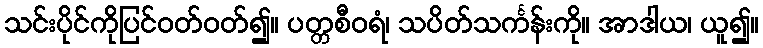
သင်းပိုင်ကိုပြင်ဝတ်ဝတ်၍။ ပတ္တစီဝရံ၊ သပိတ်သင်္ကန်းကို။ အာဒါယ၊ ယူ၍။